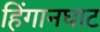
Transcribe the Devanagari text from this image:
हिंगानघाट